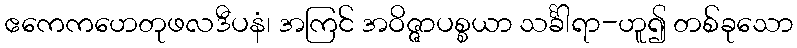
ဧကေကဟေတုဖလဒီပနံ၊ အကြင် အဝိဇ္ဇာပစ္စယာ သင်္ခါရာ-ဟူ၍ တစ်ခုသော